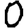
Digit: 0